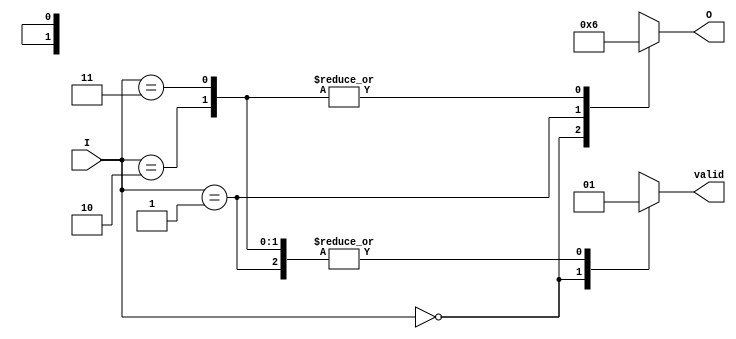
module binary_encoder (
    input wire [1:0] I,  // 2 inputs: I0, I1
    output reg [1:0] O,  // 2-bit output: O0, O1
    output reg valid     // Indicates if the output is valid
);

    always @(*) begin
        case (I)
            2'b00: begin
                O = 2'b00;  // No active input
                valid = 0;  // Invalid output
            end
            2'b01: begin
                O = 2'b01;  // Input I1 is active
                valid = 1;  // Valid output
            end
            2'b10: begin
                O = 2'b10;  // Input I0 is active
                valid = 1;  // Valid output
            end
            2'b11: begin
                O = 2'b10;  // Both inputs are active, priority to I0
                valid = 1;  // Valid output
            end
            default: begin
                O = 2'b00;  // Default case
                valid = 0;  // Invalid output
            end
        endcase
    end
endmodule